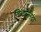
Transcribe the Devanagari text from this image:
विलासनिद्रा